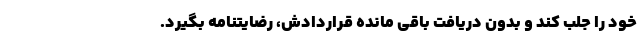
خود را جلب کند و بدون دریافت باقی مانده قراردادش، رضایتنامه بگیرد.